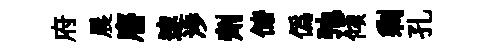
府晨譍速渉劑储偽弛傾剩孔